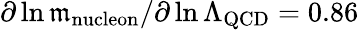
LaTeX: \partial\ln\mathfrak{m}_{\mathrm{{nucleon}}}/\partial\ln\Lambda_{\mathrm{{QCD}}}=0.86